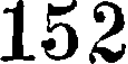
152